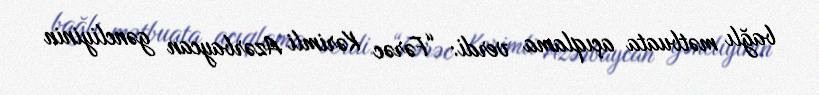
bağlı mətbuata açıqlama verdi: “Fərəc Kərimli Azərbaycan gəncliyinin